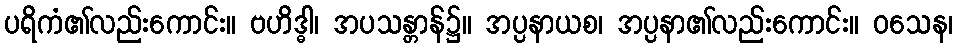
ပရိကံ၏လည်းကောင်း။ ဗဟိဒ္ဓါ၊ အပသန္တာန်၌။ အပ္ပနာယစ၊ အပ္ပနာ၏လည်းကောင်း။ ဝသေန၊